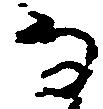
な